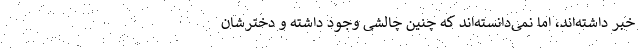
خبر داشته‌اند، اما نمی‌دانسته‌اند که چنین چالشی وجود داشته و دخترشان